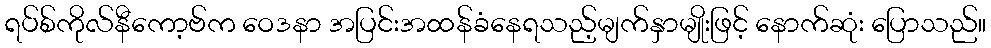
ရပ်စ်ကိုလ်နီကော့ဗ်က ဝေဒနာ အပြင်းအထန်ခံနေရသည့်မျက်နှာမျိုးဖြင့် နောက်ဆုံး ပြောသည်။